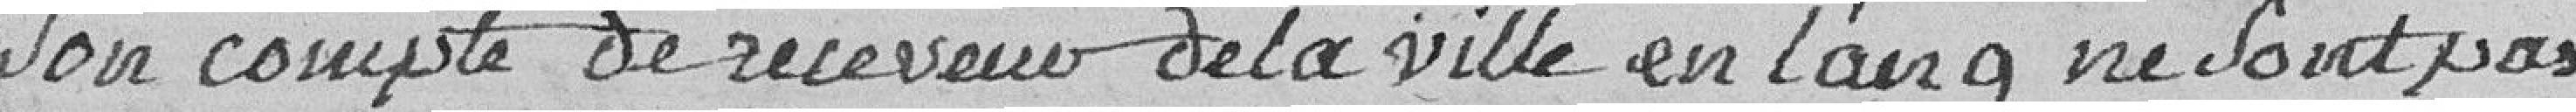
son compte de receveur de la Ville en l'an 9 ne sont pas